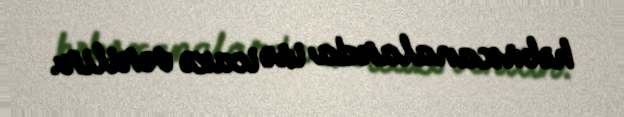
həbsxanalarda isə icazə verilir.